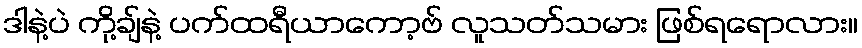
ဒါနဲ့ပဲ ကို့ချ်နဲ့ ပက်ထရီယာကော့ဗ် လူသတ်သမား ဖြစ်ရရောလား။